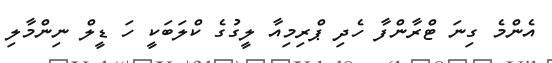
އެންމެ ގިނަ ޓްރާންފާ ހެދި ޕްރިމިއާ ލީގުގެ ކްލަބަކީ ހަ ޑީލް ނިންމާލި